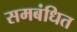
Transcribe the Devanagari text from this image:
समबंधित